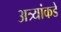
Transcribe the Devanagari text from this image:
अत्र्यांकडे